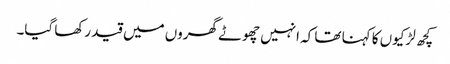
کچھ لڑکیوں کا کہنا تھا کہ انہیں چھوٹے گھروں میں قید رکھا گیا۔